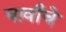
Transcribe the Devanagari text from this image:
चावीचे